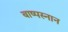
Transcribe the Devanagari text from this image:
बाष्पस्नान